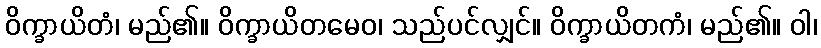
ဝိက္ခာယိတံ၊ မည်၏။ ဝိက္ခာယိတမေဝ၊ သည်ပင်လျှင်။ ဝိက္ခာယိတကံ၊ မည်၏။ ဝါ၊